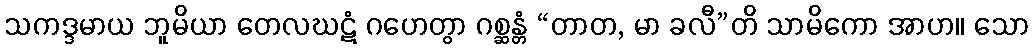
သကဒ္ဒမာယ ဘူမိယာ တေလဃဋံ ဂဟေတွာ ဂစ္ဆန္တံ “တာတ, မာ ခလီ”တိ သာမိကော အာဟ။ သော